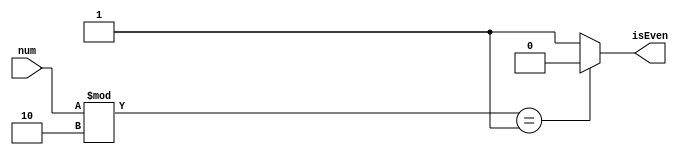
/* ***************************************************************\
| Name of program : IsEven
| Author : Charles Heckel
| Date Created : 6/04/2018
| Date last updated : 6/04/2018
| Function : implementation of homework 2 question 1
| Method : 
| Inputs : num		- number to be tested for even-ness
| Output : isEven	- single bit boolean value
| Additional Comments : (Extras)
\*****************************************************************/

module IsEven(input num, output reg isEven);
  always@(num)
  begin
    isEven = 1'b1;	// assume guilty until proven innocent
    if(num % 2 == 1'b1)	// if num%2 has a remainder ...
    begin
      isEven = 1'b0;	// ... set boolean flag to false
    end // if
  end // always

endmodule